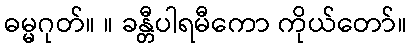
ဓမ္မဂုတ်။ ။ ခန္တီပါရမီကော ကိုယ်တော်။